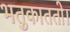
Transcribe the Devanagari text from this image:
भतुकाततो।